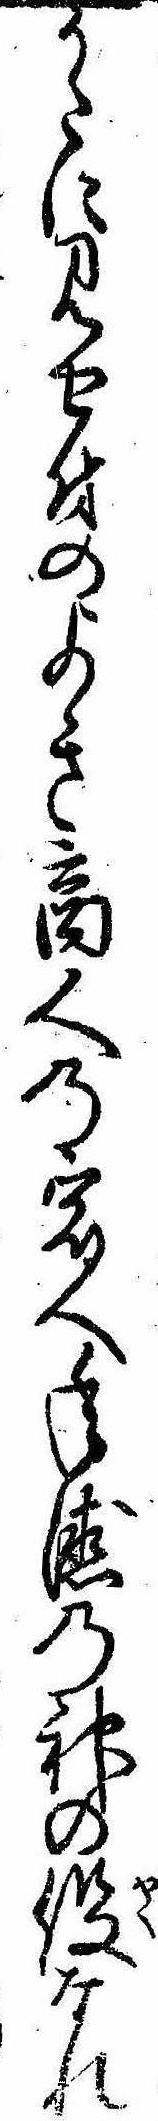
かたに見せ付のよき商人の宿へ年徳の神の役なれ